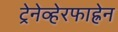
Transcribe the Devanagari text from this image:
ट्रेनेव्हेरफाह्रेन